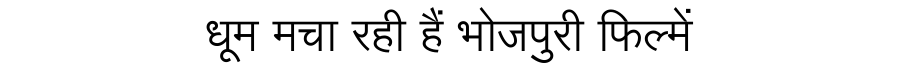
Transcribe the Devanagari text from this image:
धूम मचा रही हैं भोजपुरी फिल्में